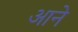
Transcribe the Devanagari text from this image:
अाने